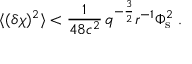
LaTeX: \langle ( \delta \chi ) ^ { 2 } \rangle < \frac { 1 } { 4 8 c ^ { 2 } } \, q ^ { - \frac { 3 } { 2 } } r ^ { - 1 } \Phi _ { \mathrm { s } } ^ { 2 } \; .